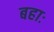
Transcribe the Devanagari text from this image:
बहाः